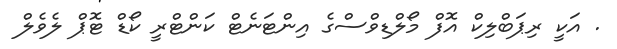
. އަކީ ރިޕަބްލިކް އޮފް މޯލްޑިވްސްގެ އިންޓަނެޓް ކަންޓްރީ ކޯޑް ޓޮޕް ލެވެލް